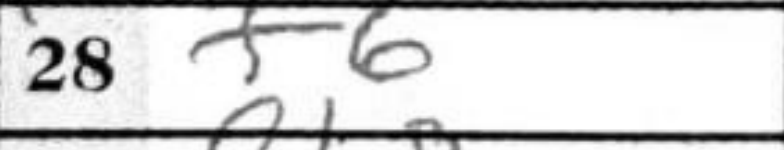
Transcription: f6